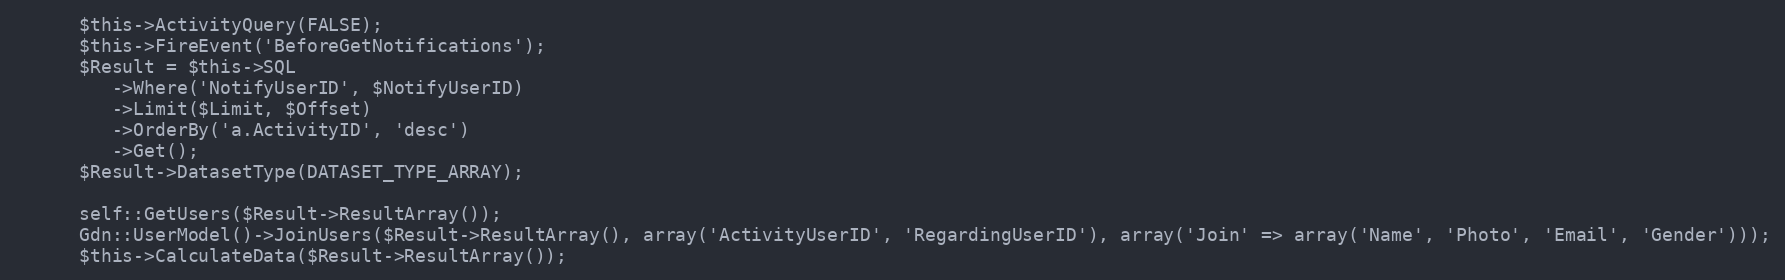
Language: PHP
      $this->ActivityQuery(FALSE);
      $this->FireEvent('BeforeGetNotifications');
      $Result = $this->SQL
         ->Where('NotifyUserID', $NotifyUserID)
         ->Limit($Limit, $Offset)
         ->OrderBy('a.ActivityID', 'desc')
         ->Get();
      $Result->DatasetType(DATASET_TYPE_ARRAY);

      self::GetUsers($Result->ResultArray());
      Gdn::UserModel()->JoinUsers($Result->ResultArray(), array('ActivityUserID', 'RegardingUserID'), array('Join' => array('Name', 'Photo', 'Email', 'Gender')));
      $this->CalculateData($Result->ResultArray());